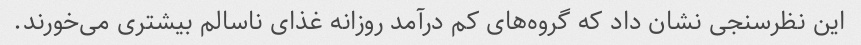
این نظرسنجی نشان داد که گروه‌های کم درآمد روزانه غذای ناسالم بیشتری می‌خورند.